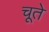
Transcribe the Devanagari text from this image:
चूते